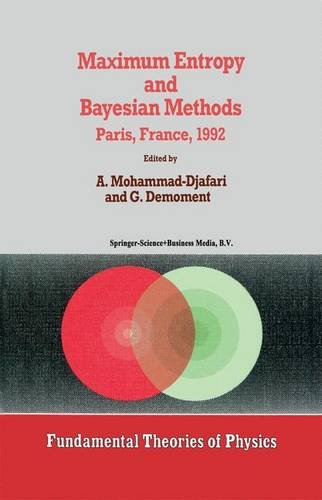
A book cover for Maximum Entropy and Bayesian Methods (Fundamental Theories of Physics); Science & Math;